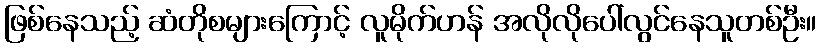
ဖြစ်နေသည့် ဆံတိုစများကြောင့် လူမိုက်ဟန် အလိုလိုပေါ်လွင်နေသူတစ်ဦး။